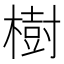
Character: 樹